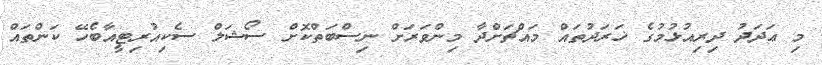
މި ޢަދަދު ދިރިއުޅުމުގެ ޚަރަދުތައް މައްޗަށްދާ މިންވަރަށް ނިސްބަތްކޮށް ސޯޝަލް ސެކިއުރިޓީއާބެހޭ ކަންތައް